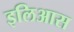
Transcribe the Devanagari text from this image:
इलिआस